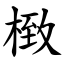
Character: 㮹